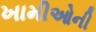
ખામીઓની